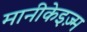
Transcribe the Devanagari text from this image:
मानीकेइज़्म